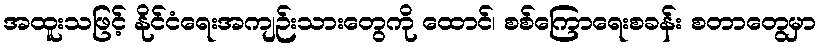
အထူးသဖြင့် နိုင်ငံရေးအကျဉ်းသားတွေကို ထောင်၊ စစ်ကြောရေးစခန်း စတာတွေမှာ